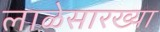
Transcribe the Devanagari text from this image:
लाळेसारख्या